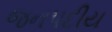
જનપદીય